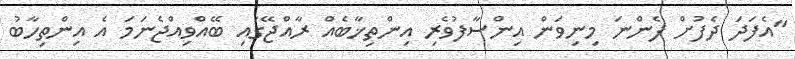
"އެފަދަ ދެފުށް ފެންނަ މިނިވަން އިންސާފުވެރި އިންތިޚާބެއް ރާއްޖޭގައި ބޭއްވިއްޖެނަމަ އެ އިންތިހާބު